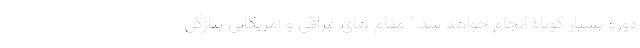
دوره بسیار کوتاه انجام خواهد شد." مقام های عراقی و آمریکایی بتازگی